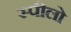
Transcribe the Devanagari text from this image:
स्पीलो